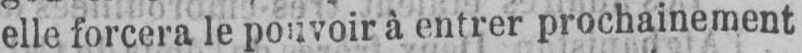
elle forcera le pouvoir à entrer prochainement